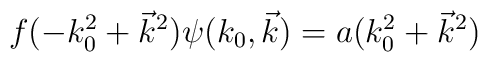
f(-k_0^2+\vec{k}^2)\psi(k_0,\vec{k})=a(k_0^2+\vec{k}^2)